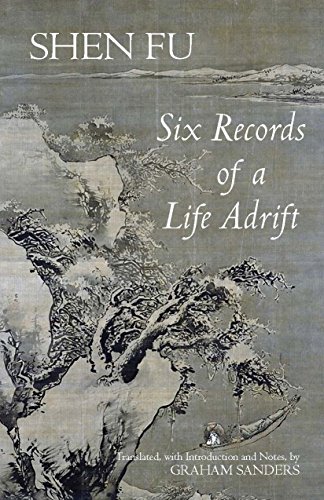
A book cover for Six Records of a Life Adrift (Hackett Classics); Shen Fu; Biographies & Memoirs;